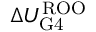
\Delta U _ { \mathrm { G 4 } } ^ { \mathrm { R O O } }